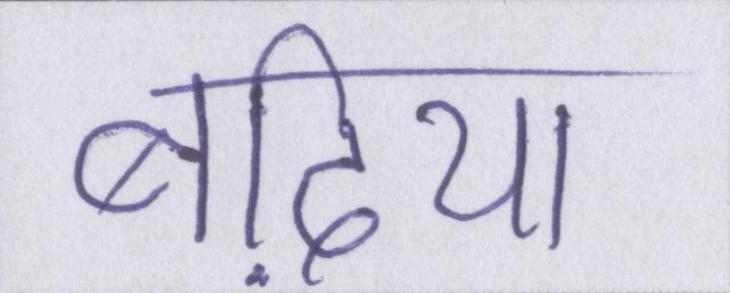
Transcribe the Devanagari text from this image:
बढि़या